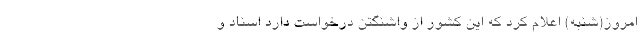
امروز(شنبه) اعلام کرد که این کشور از واشنگتن درخواست دارد اسناد و